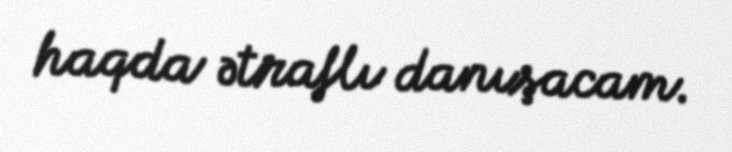
haqda ətraflı danışacam.